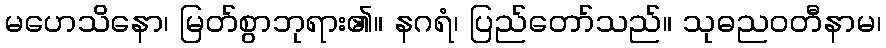
မဟေသိနော၊ မြတ်စွာဘုရား၏။ နဂရံ၊ ပြည်တော်သည်။ သုဓညဝတီနာမ၊